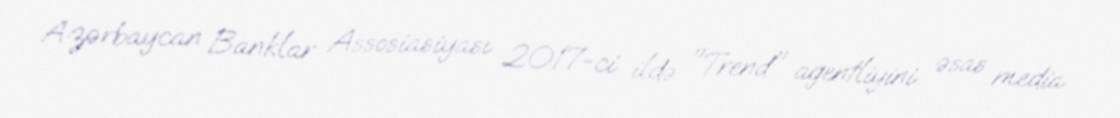
Azərbaycan Banklar Assosiasiyası 2017-ci ildə "Trend" agentliyini əsas media